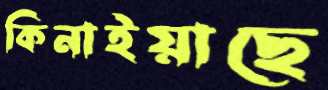
কিনাইয়াছে